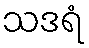
သဒရံ